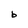
Character: b